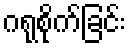
ဂရုစိုက်ခြင်း